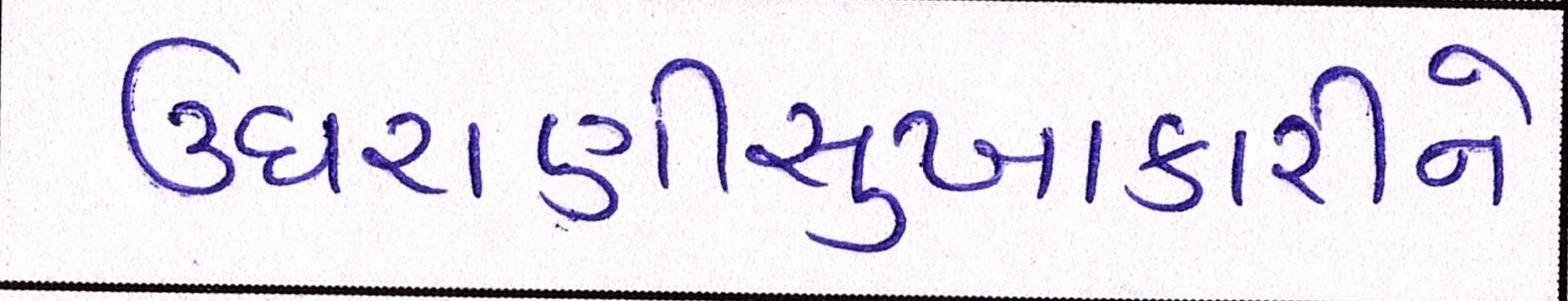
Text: ઉઘરાણીસુખાકારીને